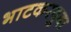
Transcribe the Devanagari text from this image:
भाटकरबुबा